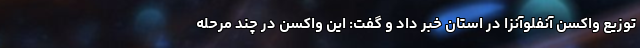
توزیع واکسن آنفلوآنزا در استان خبر داد و گفت: این واکسن در چند مرحله